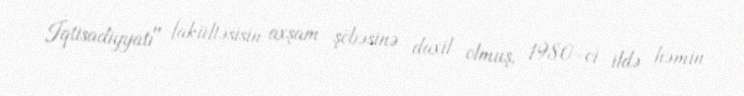
İqtisadiyyatı" fakültəsisin axşam şöbəsinə daxil olmuş, 1980-ci ildə həmin